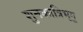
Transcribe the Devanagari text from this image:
शुनकात्रिभृगु